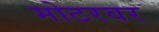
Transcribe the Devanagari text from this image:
मोटरवर